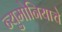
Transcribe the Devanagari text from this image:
न्युमोनियाचे